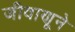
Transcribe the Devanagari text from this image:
जीवाणूने